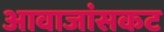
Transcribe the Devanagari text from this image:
आवाजांसकट